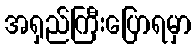
အရှည်ကြီးပြောရမှာ